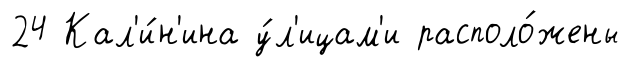
24 Кал'и́н'ина у́л'ицам'и располо́жены